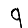
Digit: 9